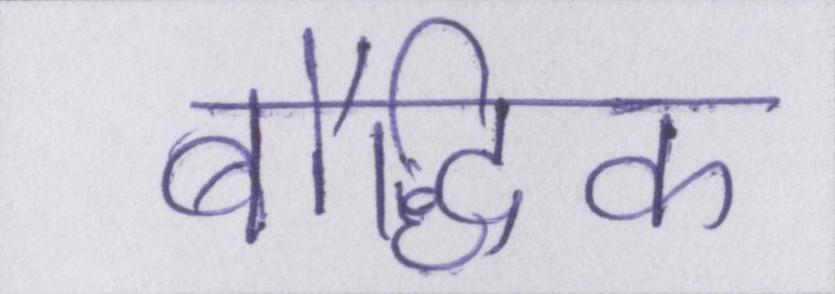
बौद्धिक